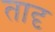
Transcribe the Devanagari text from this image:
तादृ